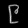
Digit: ၉